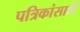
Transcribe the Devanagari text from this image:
पत्रिकांसाठी